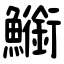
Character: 䲗